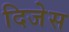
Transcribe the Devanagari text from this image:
दिजेस